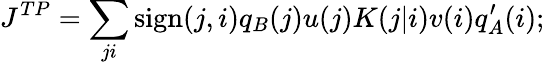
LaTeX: J^{TP}=\sum_{ji}\mathrm{sign}(j,i)q_{B}(j)u(j)K(j|i)v(i)q_{A}^{\prime}(i);